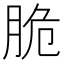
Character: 脆